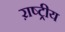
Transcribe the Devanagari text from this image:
ऱाष्ट्रीय